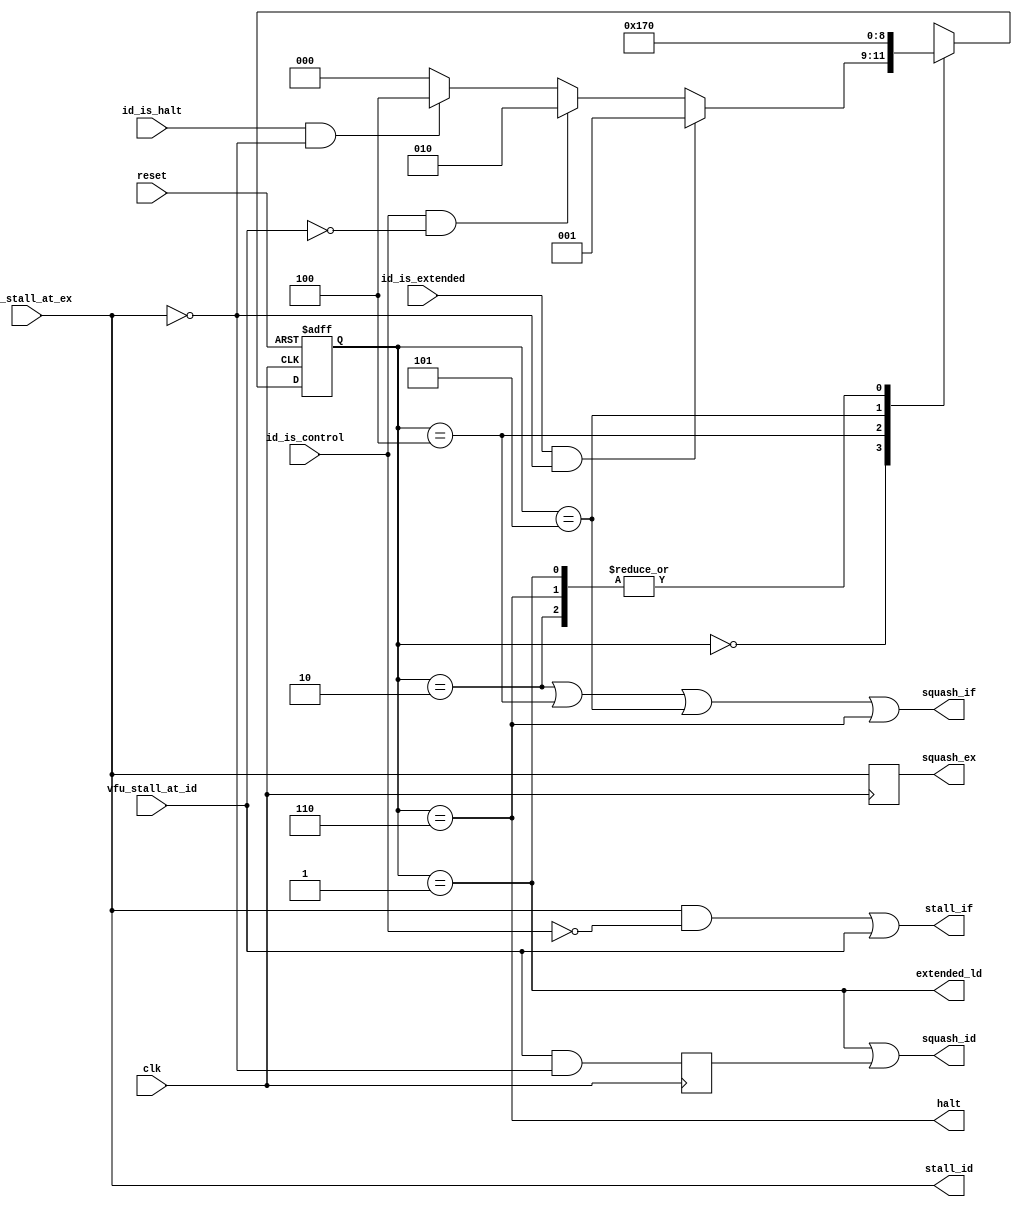
`timescale 1ns / 1ps
//////////////////////////////////////////////////////////////////////////////////
// Company: 
// Engineer: 
// 
// Design Name: 
// Module Name:    control 
// Project Name: 
// Target Devices: 
// Tool versions: 
// Description: 
//
// Dependencies: 
//
// Revision: 
// Revision 0.01 - File Created
// Additional Comments: 
//
//////////////////////////////////////////////////////////////////////////////////

//Control system for the IF and ID modules. Deals with extended 32-bit
// instructions, as well as control instructions by providing memory to the
// pipeline stages.
//An extended instruction causes a stall and a squash for the next cycle in ID 
// while the extended 16 bit value is fetched.
//A control instruction causes a squash in IF during the next cycle. This
// squashes the instruction fetched before the target of the control instruction 
// was loaded. By squashing the instruction in IF, we prevent any side effects
//A halt instruction causes IF to be squashed until the instruction before the halt can
// complete, then brings a halt signal high
module flow_control(id_is_extended, id_is_control, id_is_halt, vfu_stall_at_id, 
						  vfu_stall_at_ex, stall_if, stall_id, squash_if, squash_id, 
						  squash_ex, extended_ld, halt, 
						  reset, clk);
	input id_is_extended, id_is_control, id_is_halt;
	input vfu_stall_at_id, vfu_stall_at_ex;
	output stall_if, stall_id;
	output squash_if, squash_id, squash_ex;
	output extended_ld;
	output halt;
	input reset;
	input clk;
	
	reg vfu_squash_id, squash_ex;
	
	parameter start 	 = 3'b000,
				 extended = 3'b001,
				 control  = 3'b010,
				 halt1	 = 3'b100,
				 halt2	 = 3'b101,
				 halt3    = 3'b110;
	
	reg [2:0] state;
	reg [2:0] next_state;
	
	//next state logic
	always @(state or id_is_extended or id_is_control or id_is_halt or 
				vfu_stall_at_ex or vfu_stall_at_id or reset)
		case(state)
			start:	if(id_is_extended & 
								~vfu_stall_at_ex)	next_state = extended;
						else if(id_is_control 
							 & ~vfu_stall_at_id)	next_state = control;
						else if(id_is_halt &
							   ~vfu_stall_at_ex)	next_state = halt1;
						else							next_state = start;
			extended:								next_state = start;
			control:									next_state = start;
			halt1:									next_state = halt2;
			halt2:									next_state = halt3;
			halt3:									next_state = start;
			default:									next_state = 'bx;
		endcase
	
	//move to next state 
	always @(posedge clk or posedge reset)
		if(reset)
			state <= start;
		else
			state <= next_state;
	
	assign squash_if = (state == control)|(state == halt1)|(state == halt2)|(state == halt3);
	assign squash_id = (state == extended)|vfu_squash_id;
	assign extended_ld = (state == extended);
	assign halt = (state == halt3);
	
	assign stall_id = vfu_stall_at_ex;
	assign stall_if = (vfu_stall_at_ex & ~id_is_control) | vfu_stall_at_id;
	
	always @(posedge clk)
	begin
		squash_ex <= vfu_stall_at_ex;
		vfu_squash_id <= vfu_stall_at_id & ~vfu_stall_at_ex;
	end

endmodule

//value forwarding control unit
module value_forwarding_control(ctrl_in_id, li_in_ex, li_in_mem,
										  li_in_wb, alu_in_ex,
										  ld_in_ex, ld_in_mem, st_in_mem, rs_sel_id, 
										  rs_sel_ex, rs_sel_mem, rd_sel_id, rd_sel_ex,
										  rd_sel_mem, rd_sel_wb, id_rd_from_ex,
										  id_rd_from_mem, id_rs_from_wb,
										  id_rd_from_wb, ex_rs_from_mem, ex_rd_from_mem, 
										  ex_rs_from_wb, ex_rd_from_wb, mem_rs_from_wb, 
										  mem_rd_from_wb, stall_at_id, stall_at_ex);
	input ctrl_in_id;
	input li_in_ex, li_in_mem, li_in_wb;
	input alu_in_ex;
	input ld_in_ex, ld_in_mem;
	input st_in_mem;
	input [3:0]	rs_sel_id;
	input [3:0] rs_sel_ex;
	input [3:0] rs_sel_mem;
	input [3:0] rd_sel_id;
	input [3:0] rd_sel_ex;
	input [3:0] rd_sel_mem;
	input [3:0] rd_sel_wb;

	output id_rd_from_ex, id_rd_from_mem, id_rs_from_wb, id_rd_from_wb;
	output ex_rs_from_mem, ex_rd_from_mem, ex_rs_from_wb, ex_rd_from_wb;
	output mem_rs_from_wb, mem_rd_from_wb;
	output stall_at_id, stall_at_ex;

	//Filter out $0 and $1, which are special reserved registers
	assign rs_valid_id = (rs_sel_id != 0) & (rs_sel_id != 1);
	assign rd_valid_id = (rd_sel_id != 0) & (rd_sel_id != 1);

	assign rs_valid_ex = (rs_sel_ex != 0) & (rs_sel_ex != 1);
	assign rd_valid_ex = (rd_sel_ex != 0) & (rd_sel_ex != 1);

	assign rs_valid_mem = (rs_sel_mem != 0) & (rs_sel_mem != 1);
	assign rd_valid_mem = (rd_sel_mem != 0) & (rd_sel_mem != 1);

	assign rd_valid_wb = (rd_sel_wb != 0) & (rd_sel_wb != 1);

	//Determine matching values
	assign match_rd_id_ex  = (rd_sel_id == rd_sel_ex) & rd_valid_id;
	assign match_rd_id_mem = (rd_sel_id == rd_sel_mem) & rd_valid_id;
	assign match_rs_id_wb  = (rs_sel_id == rd_sel_wb) & rs_valid_id;
	assign match_rd_id_wb  = (rd_sel_id == rd_sel_wb) & rd_valid_id;
	
	assign match_rs_ex_mem = (rs_sel_ex == rd_sel_mem) & rs_valid_ex;
	assign match_rd_ex_mem = (rd_sel_ex == rd_sel_mem) & rd_valid_ex;
	assign match_rs_ex_wb  = (rs_sel_ex == rd_sel_wb) & rs_valid_ex;
	assign match_rd_ex_wb  = (rd_sel_ex == rd_sel_wb) & rd_valid_ex;

	assign match_rs_mem_wb = (rs_sel_mem == rd_sel_wb) & rs_valid_mem;
	assign match_rd_mem_wb = (rd_sel_mem == rd_sel_wb) & rd_valid_mem;

	//Determine if the instructions will write back to the register file
	assign wb_en_ex  = (li_in_ex | alu_in_ex | ld_in_ex) & rd_valid_ex;
	assign wb_en_mem = (li_in_mem | ld_in_mem) & rd_valid_mem;
	assign wb_en_wb  = li_in_wb & rd_valid_wb;

	//Determine which stages are ready to forward values
	assign ex_ready = li_in_ex;
	assign mem_ready = li_in_mem;

	//Determine which stages need values and which are needed
	//These signals are all parallel, so conflicting pairs may be high, i.e.
	// ID could 'need' values from mem and wb. The next level of logic will make
	// the priority determination between those signals.
	assign need_rd_id_ex  = match_rd_id_ex & ctrl_in_id & wb_en_ex;
	assign need_rd_id_mem = match_rd_id_mem & ctrl_in_id & wb_en_mem;
	assign need_rs_id_wb  = match_rs_id_wb & wb_en_wb;
	assign need_rd_id_wb  = match_rd_id_wb & wb_en_wb;
	
	assign need_rs_ex_mem = match_rs_ex_mem & alu_in_ex & wb_en_mem;
	assign need_rd_ex_mem = match_rd_ex_mem & alu_in_ex & wb_en_mem;
	assign need_rs_ex_wb  = match_rs_ex_wb & ~li_in_ex & wb_en_wb;
	assign need_rd_ex_wb  = match_rd_ex_wb & ~li_in_ex & wb_en_wb;

	assign need_rs_mem_wb = match_rs_mem_wb & (ld_in_mem | st_in_mem) & wb_en_wb;
	assign need_rd_mem_wb = match_rd_mem_wb & (ld_in_mem | st_in_mem) & wb_en_wb;

	//Forwarding to the MEM stage
	assign mem_rs_from_wb = need_rs_mem_wb;
	assign mem_rd_from_wb = need_rd_mem_wb;

	//Forwarding to the EX stage	
	assign ex_rs_from_mem = need_rs_ex_mem & mem_ready;
	assign ex_rd_from_mem = need_rd_ex_mem & mem_ready;
	assign ex_rs_from_wb  = need_rs_ex_wb & ~need_rs_ex_mem;
	assign ex_rd_from_wb  = need_rd_ex_wb & ~need_rd_ex_mem;
	
	assign ex_must_wait = (need_rs_ex_mem | need_rd_ex_mem) & ~mem_ready;
	
	//Forwarding to ID stage
	assign id_rd_from_ex  = need_rd_id_ex & ex_ready;
	assign id_rd_from_mem = need_rd_id_mem & mem_ready & ~need_rd_id_ex;
	assign id_rs_from_wb  = need_rs_id_wb;
	assign id_rd_from_wb  = need_rd_id_wb & ~need_rd_id_mem & ~need_rd_ex_mem;
	
	assign id_must_wait = (need_rd_id_ex & ~ex_ready) | (need_rd_id_mem & ~mem_ready);

	assign stall_at_id = id_must_wait;
	assign stall_at_ex = ex_must_wait;
endmodule